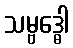
သမ္ဗဒ္ဓေါ